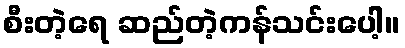
စီးတဲ့ရေ ဆည်တဲ့ကန်သင်းပေါ့။